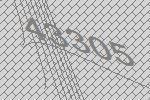
43305